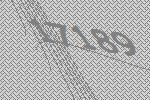
17189